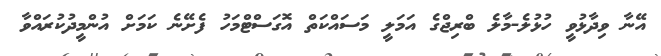
އޭނާ ވިދާޅުވީ ހުޅުލެ-މާލެ ބްރިޖްގެ އަމަލީ މަސައްކަތް އޮގަސްޓްމަހު ފެށޭނެ ކަމަށް އުންމީދުކުރައްވާ